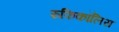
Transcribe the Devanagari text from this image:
रुफिकॉलिस